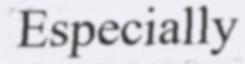
Especially